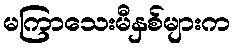
မကြာသေးမီနှစ်များက